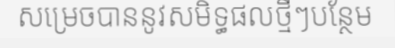
សម្រេចបាននូវសមិទ្ធផលថ្មីៗបន្ថែម